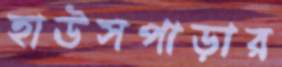
হাউসপাড়ার